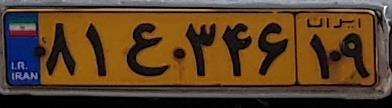
۸۱ع۳۴۶۱۹